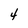
Character: 4